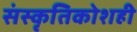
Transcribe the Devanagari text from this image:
संस्कृतिकोशही